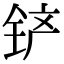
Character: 铲